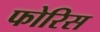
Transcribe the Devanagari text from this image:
फोरिस